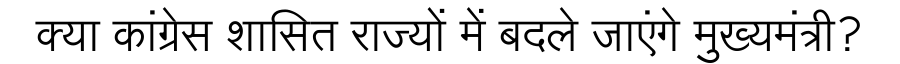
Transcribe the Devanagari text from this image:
क्या कांग्रेस शासित राज्यों में बदले जाएंगे मुख्यमंत्री?